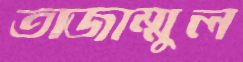
তাজাম্মুল